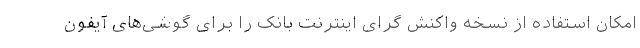
امکان استفاده از نسخه واکنش گرای اینترنت بانک را برای گوشی‌های آیفون